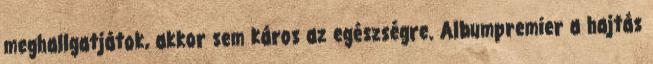
meghallgatjátok, akkor sem káros az egészségre. Albumpremier a hajtás